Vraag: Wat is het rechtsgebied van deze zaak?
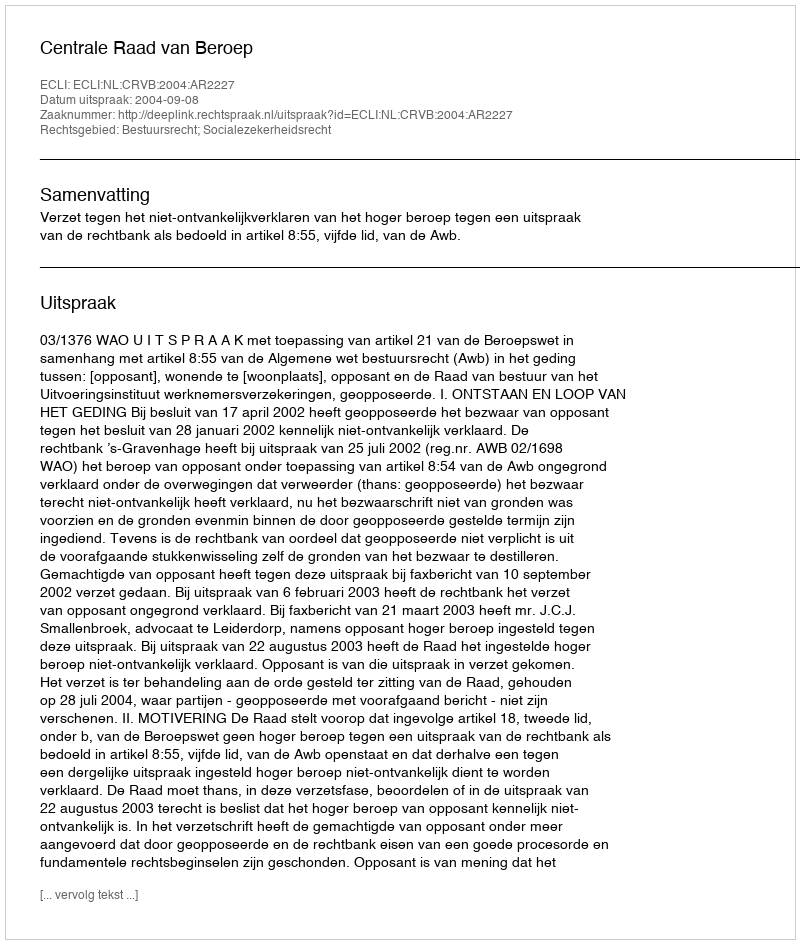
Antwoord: Bestuursrecht; Socialezekerheidsrecht